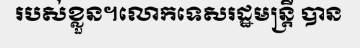
របស់ខ្លួន។លោកទេសរដ្ឋមន្ត្រី បាន